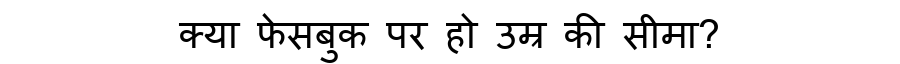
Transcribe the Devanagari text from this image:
क्या फेसबुक पर हो उम्र की सीमा?